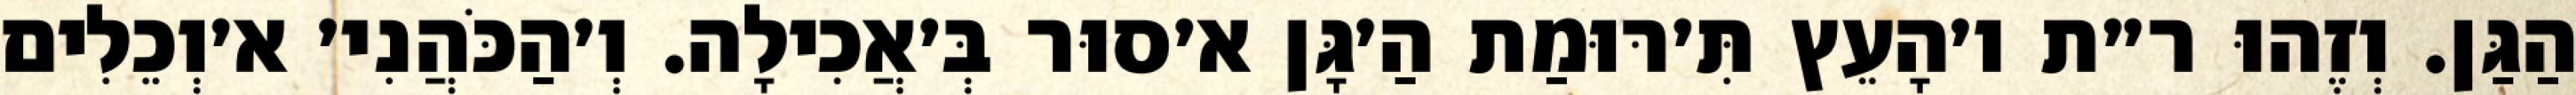
הַגַּן. וְזֶהוּ ר״ת ו׳הָעֵץ תִּ׳רּוּמַת הַ׳גָּן א׳סוּר בְּ׳אֲכִילָה. וְ׳הַכֹּהֲנִי׳ א׳וְכֵלִים